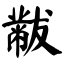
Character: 黻